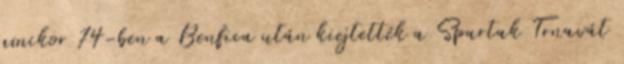
amikor 74-ben a Benfica után kiejtették a Spartak Trnavát